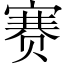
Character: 赛